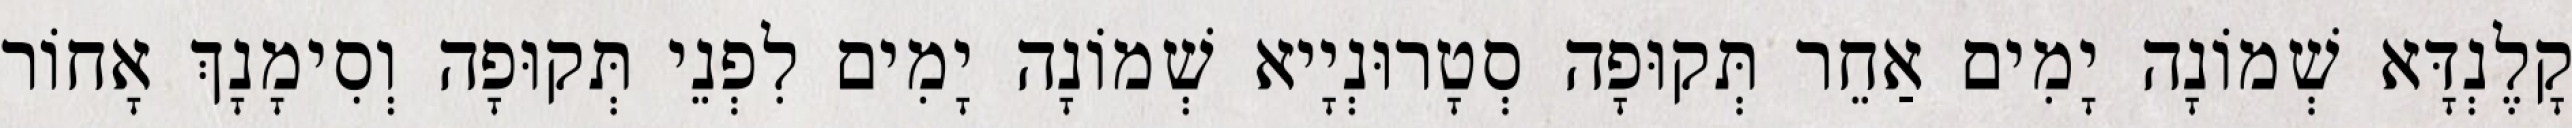
קָלֶנְדָּא שְׁמוֹנָה יָמִים אַחֵר תְּקוּפָה סְטָרוּנְיָיא שְׁמוֹנָה יָמִים לִפְנֵי תְּקוּפָה וְסִימָנָךְ אָחוֹר